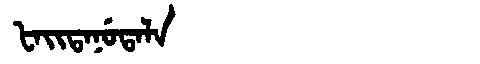
Manchu: ᡶᠠᡳᡨᠠᠨᡠᡨᠠᠯᠠ
Romanization: FAITANUTALA